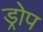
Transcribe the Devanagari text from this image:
ड्रोप